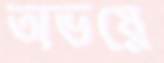
অভয়ে